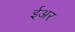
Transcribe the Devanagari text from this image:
ईअर